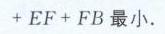
\( + EF + FB\)最小.